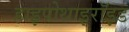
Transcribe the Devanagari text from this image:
हाइपोथाइरॉइड